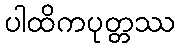
ပါထိကပုတ္တဿ